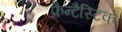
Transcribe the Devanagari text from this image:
फ़ैन्टैस्टिक